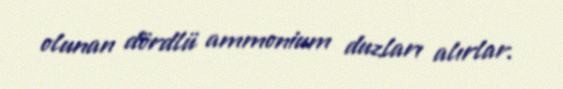
olunan dördlü ammonium duzları alırlar.